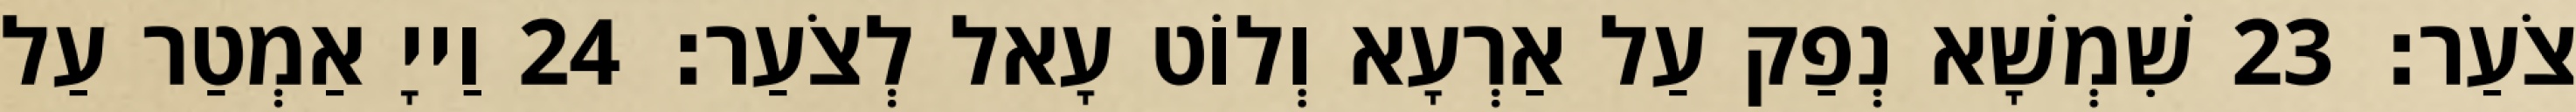
צֹעַר׃ 23 שִׁמְשָׁא נְפַק עַל אַרְעָא וְלוֹט עָאל לְצֹעַר׃ 24 וַייָ אַמְטַר עַל